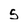
Character: 5